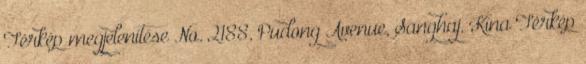
Térkép megjelenítése No. 2188, Pudong Avenue, Sanghaj, Kína Térkép